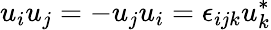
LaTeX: u_{i}u_{j}=-u_{j}u_{i}=\epsilon_{ijk}u_{k}^{*}